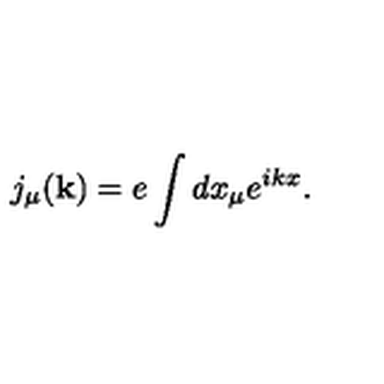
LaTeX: j _ { \mu } ( { \bf k } ) = e \int d x _ { \mu } e ^ { i k x } .